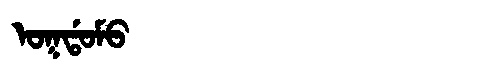
Manchu: ᠣᡴᡩᠣᠮᠣ
Romanization: OKDOMO